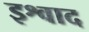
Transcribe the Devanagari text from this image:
इश्वाद